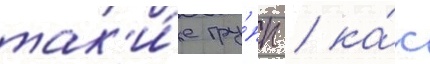
так'и́е гру́пп / ка́к